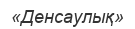
«Денсаулық»